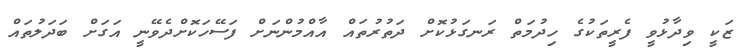
ޒަކީ ވިދާޅުވީ ފެރީތަކުގެ ހިދުމަތް ރަނގަޅުކޮށް ދަތުރުތައް އާއްމުންނަށް ފަސޭހަކޮށްދެވޭނީ އަގަށް ބަދަލުތައް